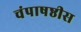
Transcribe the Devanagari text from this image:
चंपाषष्ठीस